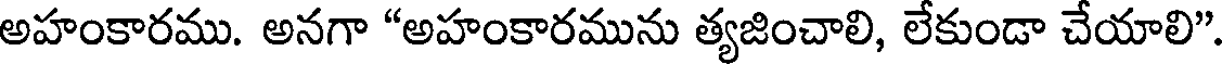
అహంకారము. అనగా "అహంకారమును త్యజించాలి, లేకుండా చేయాలి"